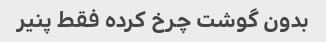
بدون گوشت چرخ کرده فقط پنیر